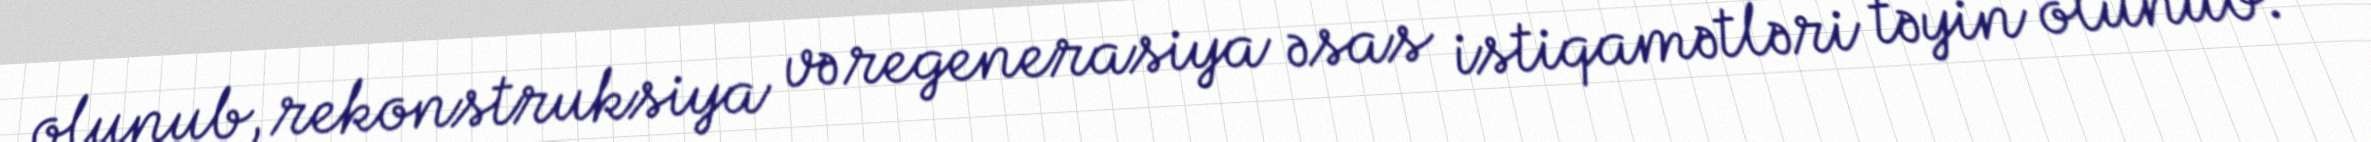
olunub, rekonstruksiya və regenerasiya əsas istiqamətləri təyin olunub.